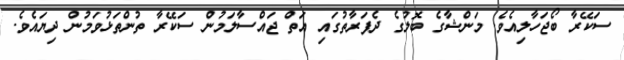
ސަކޭރާ ބޯޖަހާލިއެވެ. މަންޝާގެ ބޮލުގެ ދެފަރާތުގައި އަތް ޖައްސާލަމުން ސަކޭރާ ތުންތަޅުވަމުން ދިޔައެވެ.